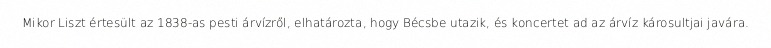
Mikor Liszt értesült az 1838-as pesti árvízről, elhatározta, hogy Bécsbe utazik, és koncertet ad az árvíz károsultjai javára.